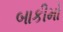
બાકીમો